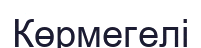
Көрмегелі